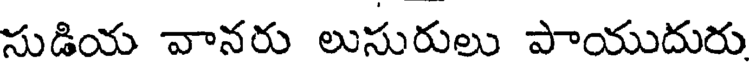
సుడియ వానరు లుసురులు పాయుదురు